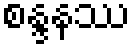
စန္ဒနဿ